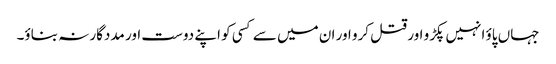
جہاں پاؤ انہیں پکڑو اور قتل کرو اور ان میں سے کسی کو اپنے دوست اور مددگار نہ بناؤ۔